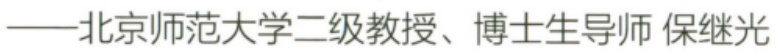
——北京师范大学二级教授、博士生导师 保继光